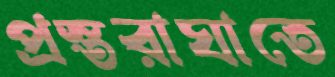
প্রস্তরাঘাতে